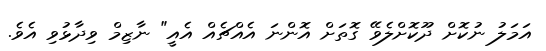
އަމަލު ނުކޮށް ދޫކޮށްލެވޭ ގޮތަށް އޮންނަ އެއްޗެއް އެއީ" ނާޒިމް ވިދާޅުވި އެވެ.